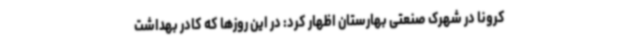
کرونا در شهرک صنعتی بهارستان اظهار کرد: در این روزها که کادر بهداشت